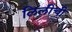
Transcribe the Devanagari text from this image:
लिलीची